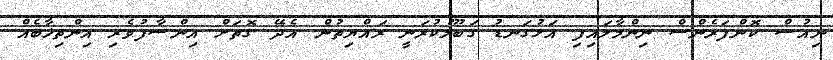
ނިއުސް ކޮންފަރެންސް ނިންމާލައިފި އަޅުގަނޑު ގަބޫލުކުރަނީ ރައްޔިތުން އެދޭ ގޮތަށް އިންސާފުވެރި އިންތިޚާބެއް